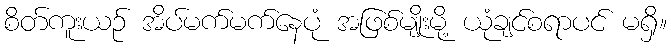
စိတ်ကူးယဉ် အိပ်မက်မက်နေပုံ အဖြစ်မျိုးမို့ ယုံချင်စရာပင် မရှိ။